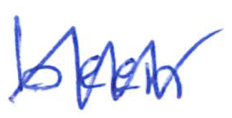
Text: been
Cross-out: zig-zag
Writing tool: ballpoint